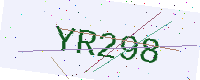
Text: YR298